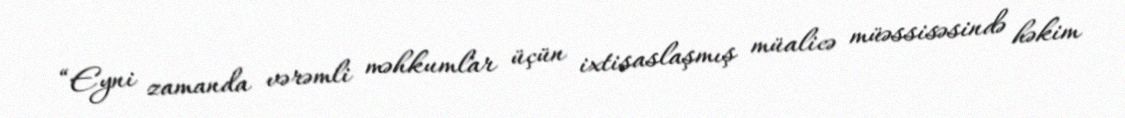
“Eyni zamanda vərəmli məhkumlar üçün ixtisaslaşmış müalicə müəssisəsində həkim